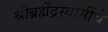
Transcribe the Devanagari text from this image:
श्रीब्रह्मेंद्रस्वामींचे